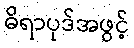
ဓိရာပုဒ်အဖွင့်